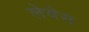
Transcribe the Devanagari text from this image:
लेवेस